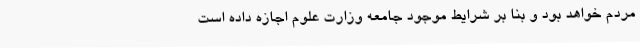
مردم خواهد بود و بنا بر شرایط موجود جامعه وزارت علوم اجازه داده است